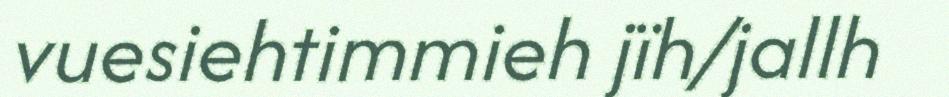
vuesiehtimmieh jïh/jallh